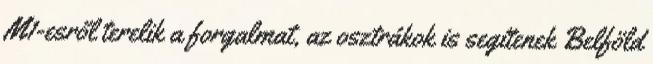
M1-esről terelik a forgalmat, az osztrákok is segítenek Belföld